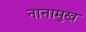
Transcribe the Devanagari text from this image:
नानामुख